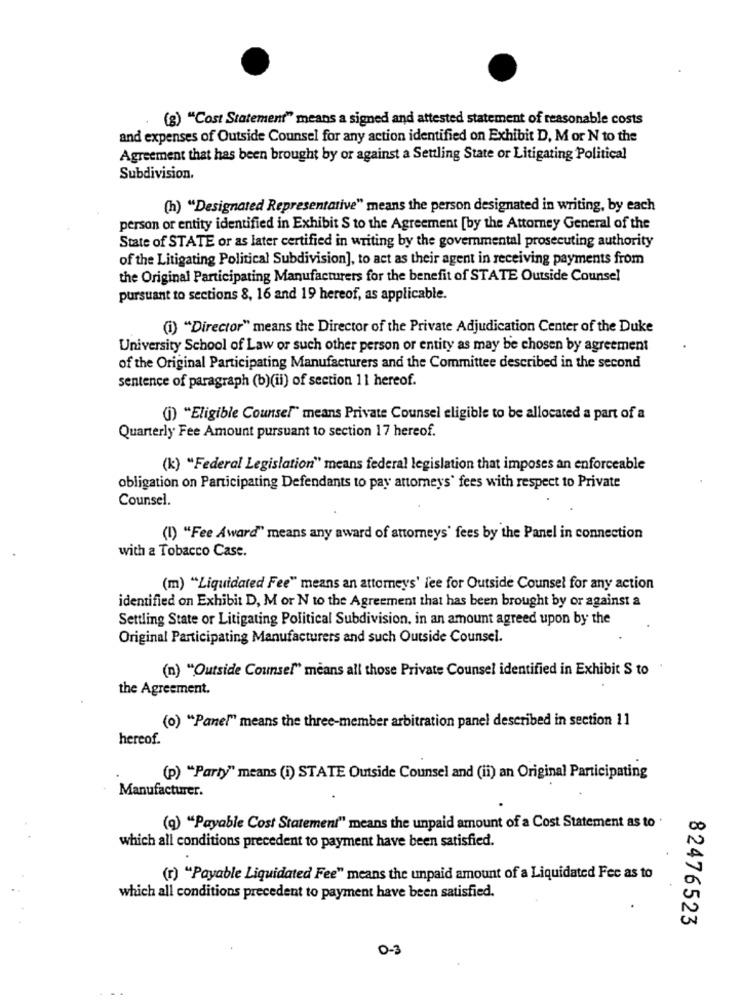
(g) "Cost Statement" means a signed and attested statement of reasonable costs
and expenses of Outside Counsel for any action identified on Exhibit D, M or N to the
Agreement that has been brought by or against a Settling State or Litigating Political
Subdivision.
(h) "Designated Representative" means the person designated in writing, by each
person or entity identified in Exhibit S to the Agreement [by the Attorney General of the
State of STATE or as later certified in writing by the governmental prosecuting authority
of the Litigating Political Subdivision], to act as their agent in receiving payments from
the Original Participating Manufacturers for the benefit of STATE Outside Counsel
pursuant to sections 8, 16 and 19 hereof, as applicable.
(i) "Director" means the Director of the Private Adjudication Center of the Duke
University School of Law or such other person or entity as may be chosen by agreement
of the Original Participating Manufacturers and the Committee described in the second
sentence of paragraph (b)(ii) of section 11 hereof.
(i) "Eligible Counsel" means Private Counsel eligible to be allocated a part of a
Quarterly Fee Amount pursuant to section 17 hereof.
(k) "Federal Legislation" means federal legislation that imposes an enforceable
obligation on Participating Defendants to pay attorneys' fees with respect to Private
Counsel.
(1) "Fee Award" means any award of attorneys' fees by the Panel in connection
with a Tobacco Case.
(m) "Liquidated Fee" means an attorney's' fee for Outside Counsel for any action
identified on Exhibit D, M or N to the Agreement that has been brought by or against a
Settling State or Litigating Political Subdivision, in an amount agreed upon by the
Original Participating Manufacturers and such Outside Counsel.
(n) "Outside Counsel" means all those Private Counsel identified in Exhibit S to
the Agreement.
(0) "Panel" means the three-member arbitration panel described in section 11
hereof.
(p) "Party" means (i) STATE Outside Counsel and (ii) an Original Participating
Manufacturer.
(g) "Payable Cost Statement" means the unpaid amount of a Cost Statement as to .
which all conditions precedent to payment have been satisfied.
(r) "Payable Liquidated Fee" means the unpaid amount of a Liquidated Fec as to
which all conditions precedent to payment have been satisfied.
82476523
0-3